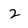
Character: 2